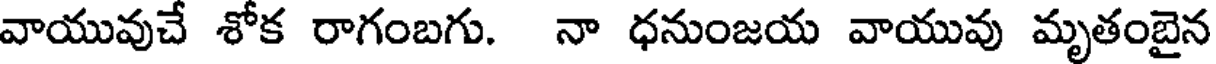
వాయువుచే శోక రాగంబగు. నా ధనుంజయ వాయువు మృతంబైన